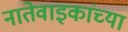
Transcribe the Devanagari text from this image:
नातेवाइकांच्या